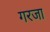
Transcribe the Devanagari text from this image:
गरजा